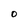
Character: 0